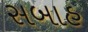
સબાહ